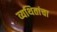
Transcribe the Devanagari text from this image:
व्यथितांचा